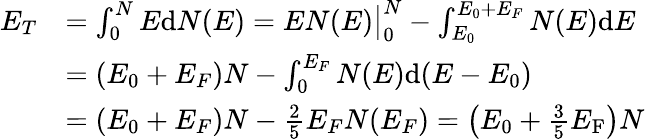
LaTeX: {\begin{array}{rl}{E_{T}}&{=\int_{0}^{N}E\mathrm{d}N(E)=EN(E){\big|}_{0}^{N}-\int_{E_{0}}^{E_{0}+E_{F}}N(E)\mathrm{d}E}\\ &{=(E_{0}+E_{F})N-\int_{0}^{E_{F}}N(E)\mathrm{d}(E-E_{0})}\\ &{=(E_{0}+E_{F})N-{\frac{2}{5}}E_{F}N(E_{F})=\left(E_{0}+{\frac{3}{5}}E_{\mathrm{F}}\right)N}\end{array}}